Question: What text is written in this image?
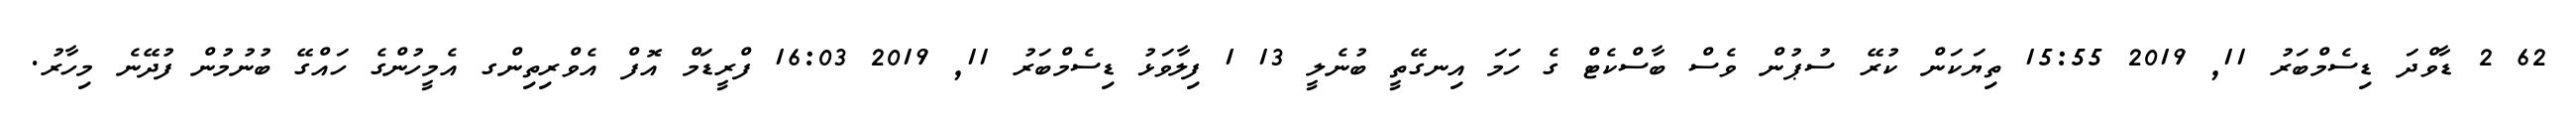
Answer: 62 2 ޑާވްދަ ޑިސެމްބަރު 11, 2019 15:55 ތިޔަކަން ކުރޭ ސުޕުން ވެސް ބާސްކެޓް ގެ ހަމަ އިނގޭތީ ބުނެލީ 13 1 ފިލާވަޅު ޑިސެމްބަރު 11, 2019 16:03 ފްރީޑަމް އޮފް އެވްރިތިންގ އެމީހުންގެ ހައްގޭ ބުނުމުން ފުދޭނެ މިހާރު.